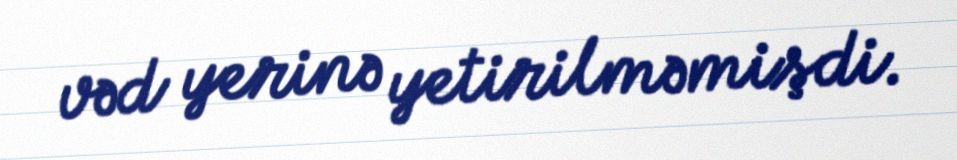
vəd yerinə yetirilməmişdi.